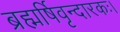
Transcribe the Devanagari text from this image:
ब्रह्मर्षिवृन्दारकः।